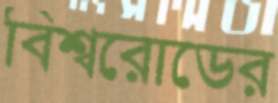
বিশ্বরোডের